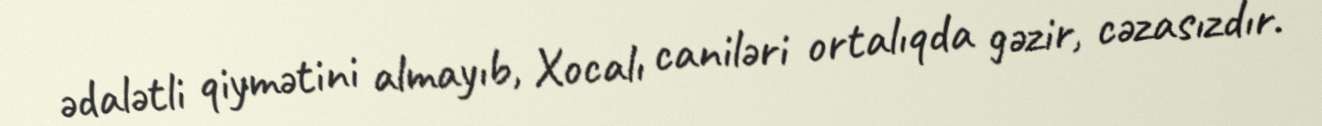
ədalətli qiymətini almayıb, Xocalı caniləri ortalıqda gəzir, cəzasızdır.